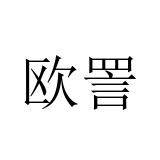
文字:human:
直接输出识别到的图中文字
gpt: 欧詈